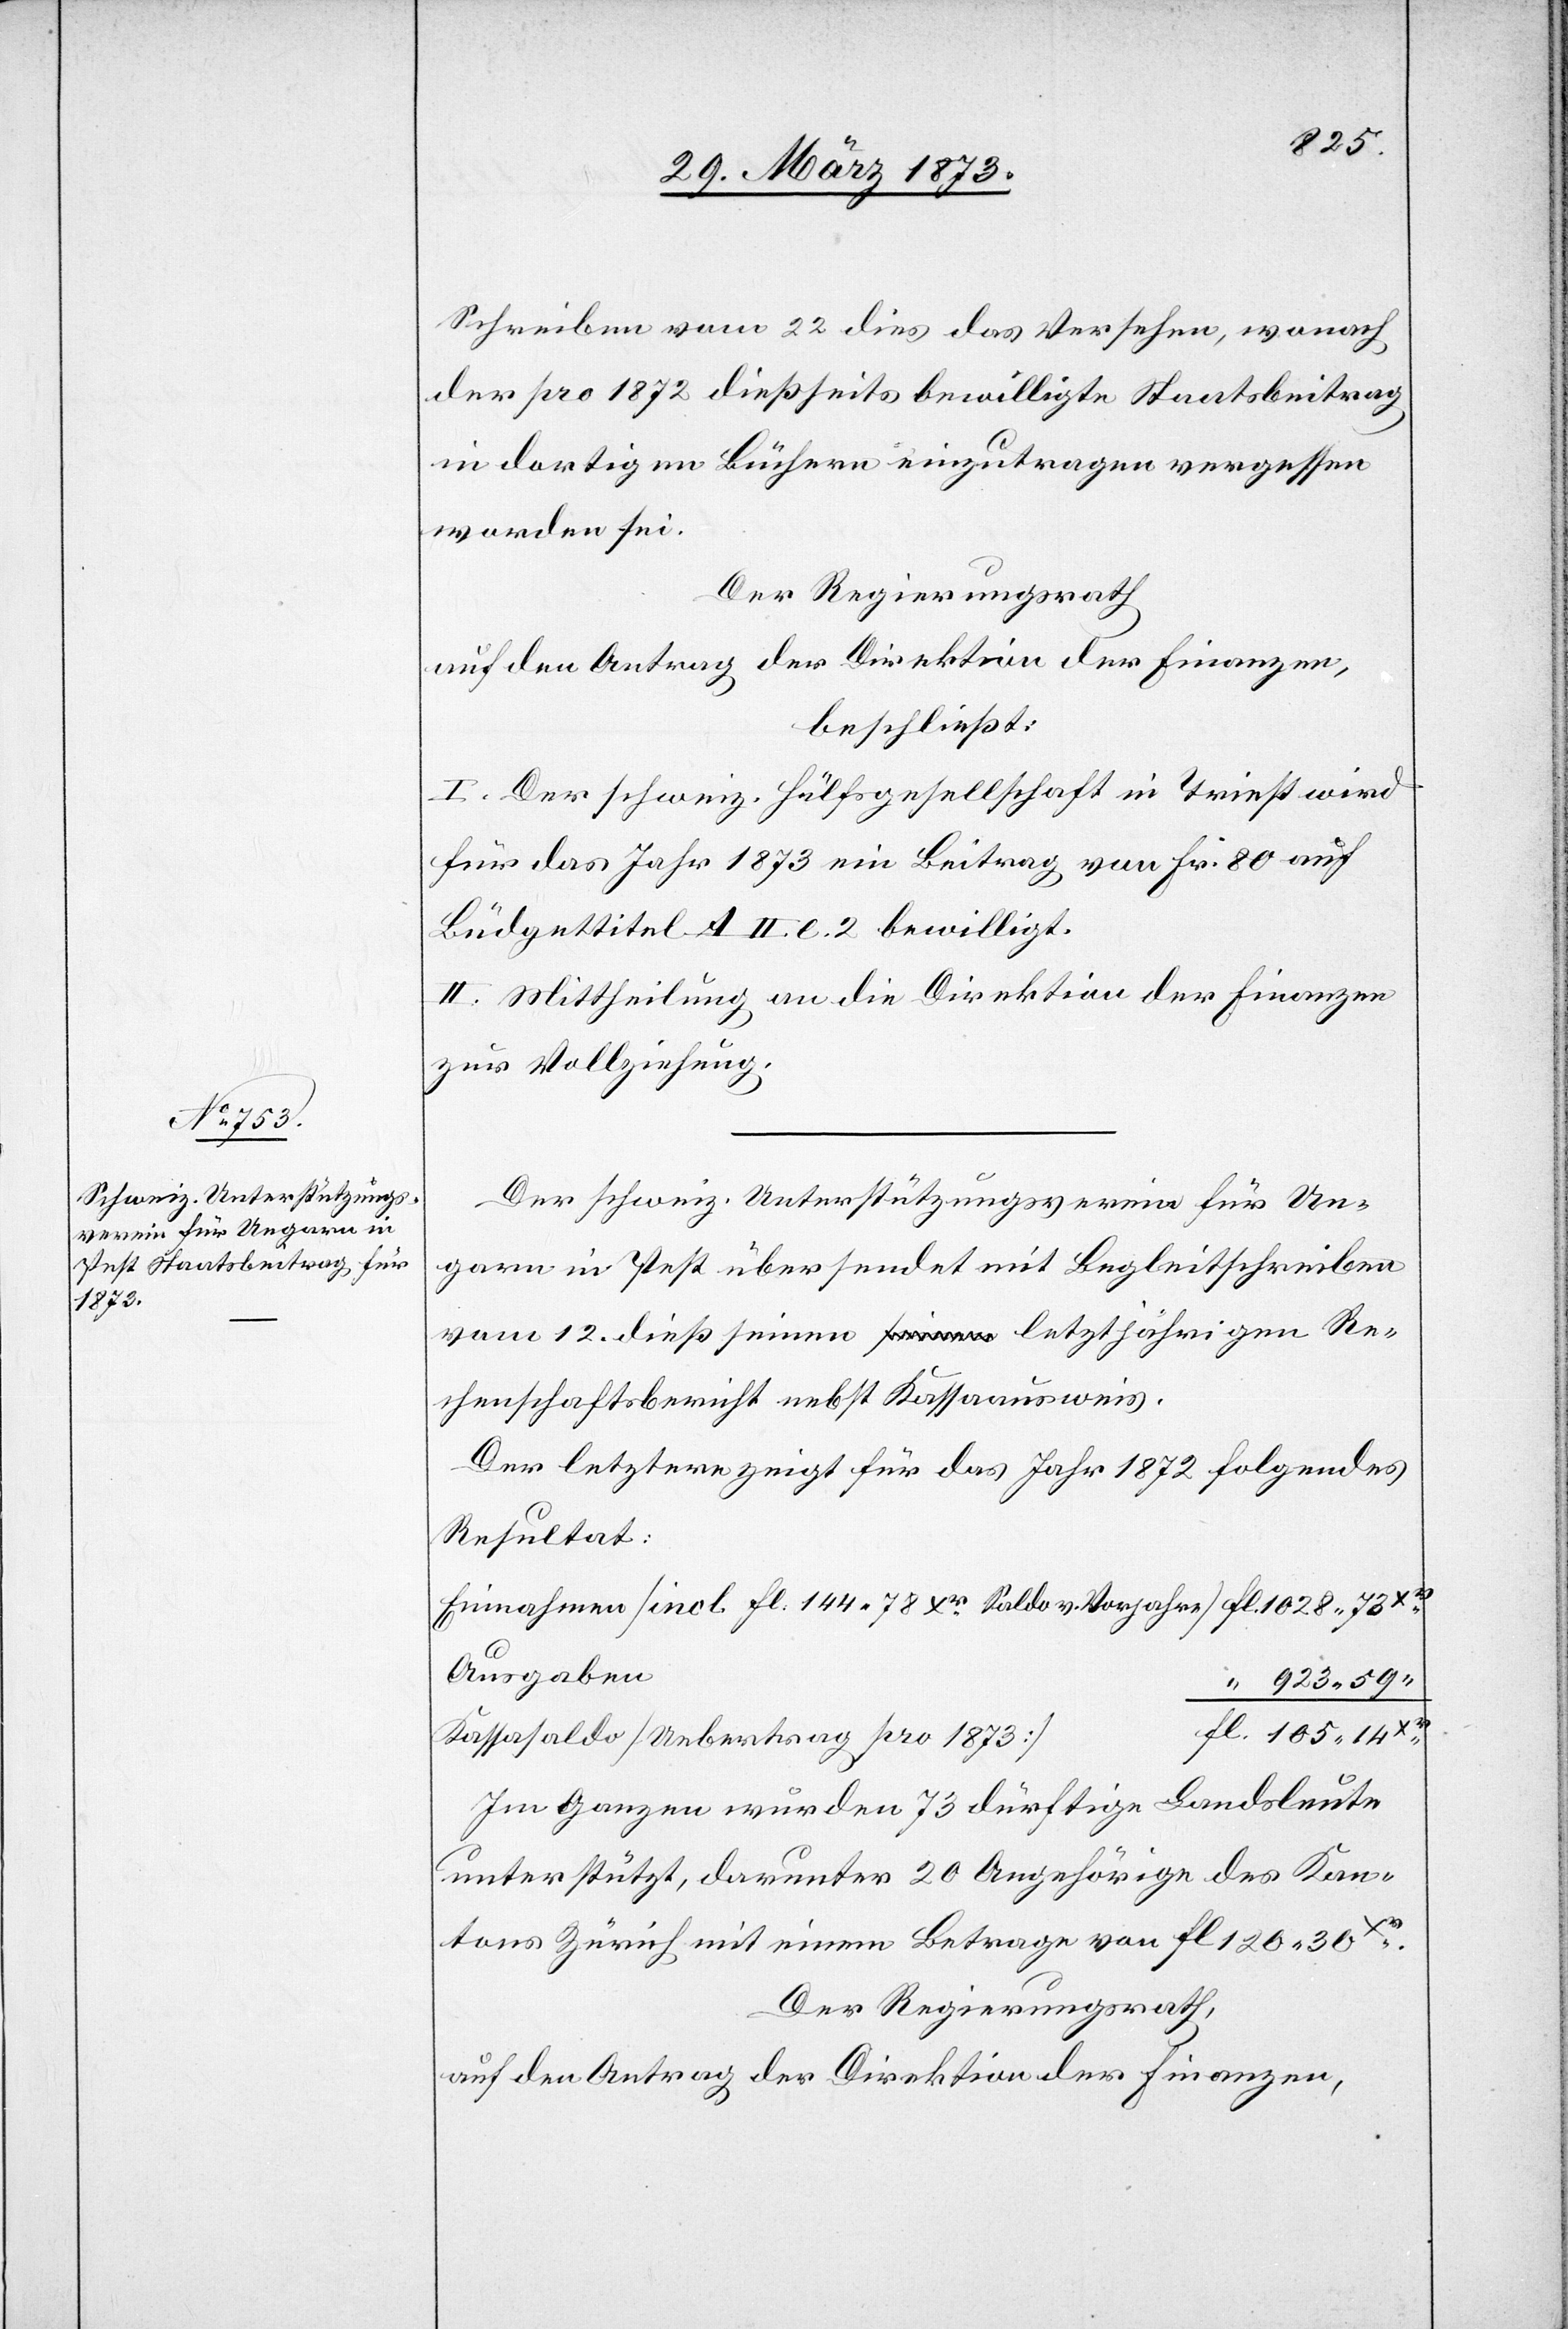
105.
Schreiben vom 22 dies das Versehen, wonach
der pro 1872 dießseits bewilligte Staatsbeitrag
in dortigen Büchern einzutragen vergessen
worden sei.
Der Regierungsrath
auf den Antrag der Direktion der Finanzen,
beschließt:
I. Der schweiz. Hülfsgesellschaft in Triest wird
für das Jahr 1873 ein Beitrag von Fr. 80 auf
Büdgettitel A. II. l. 2 bewilligt.
II. Mittheilung an die Direktion der Finanzen
zur Vollziehung.
Der schweiz. Unterstützungsverein für Un¬
garn in Pest übersendet mit Begleitschreiben
vom 12. dieß seinen letztjährigen Re¬
chenschaftsbericht nebst Kassaausweis.
Der letztere zeigt für das Jahr 1872 folgendes
Resultat:
Einnahmen [incl. fl. 144. 78 Xr Saldo v. Vorjahre] fl. 1028. 73
923. 59
Kassasaldo [Uebertrag pro 1873]		“
Im Ganzen wurden 73 dürftige Landsleute
unterstützt, darunter 20 Angehörige des Kan¬
tons Zürich mit einem Betrage von fl. 120. 30 Xr.
Der Regierungsrath,
auf den Antrag der Direktion der Finanzen,